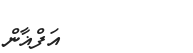
އަފްޣާން